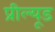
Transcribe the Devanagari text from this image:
प्रील्यूड